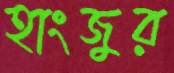
হাংজুর